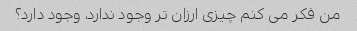
من فکر می کنم چیزی ارزان تر وجود ندارد، وجود دارد؟